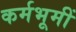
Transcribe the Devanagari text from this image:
कर्मभूमीं